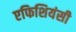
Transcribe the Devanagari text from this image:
एफिशियंसी